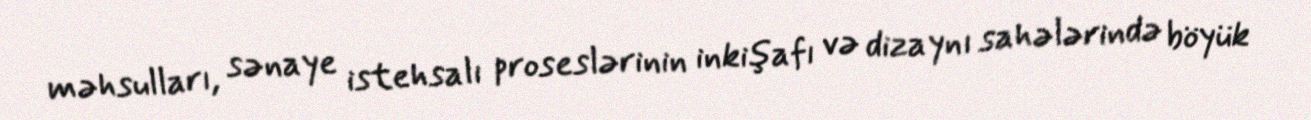
məhsulları, sənaye istehsalı proseslərinin inkişafı və dizaynı sahələrində böyük